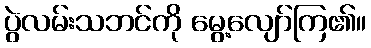
ပွဲလမ်းသဘင်ကို မွေ့လျော်ကြ၏။